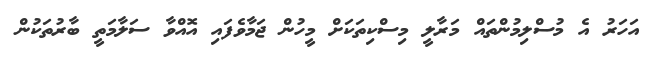
އަހަރު އެ މުސްލިމުންތައް މަރާލީ މިސްކިތަކަށް މީހުން ޖަމާވެފައި އޮއްވާ ސަލާމަތީ ބާރުތަކުން